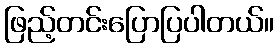
ဖြည့်တင်းပြောပြပါတယ်။